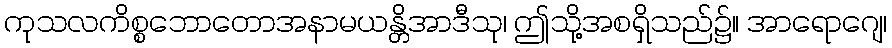
ကုသလကိစ္စဘောတောအနာမယန္တိအာဒီသု၊ ဤသို့အစရှိသည်၌။ အာရောဂျေ၊